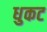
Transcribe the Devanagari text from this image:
धुकट